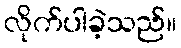
လိုက်ပါခဲ့သည်။